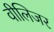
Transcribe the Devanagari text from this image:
वीलिजर